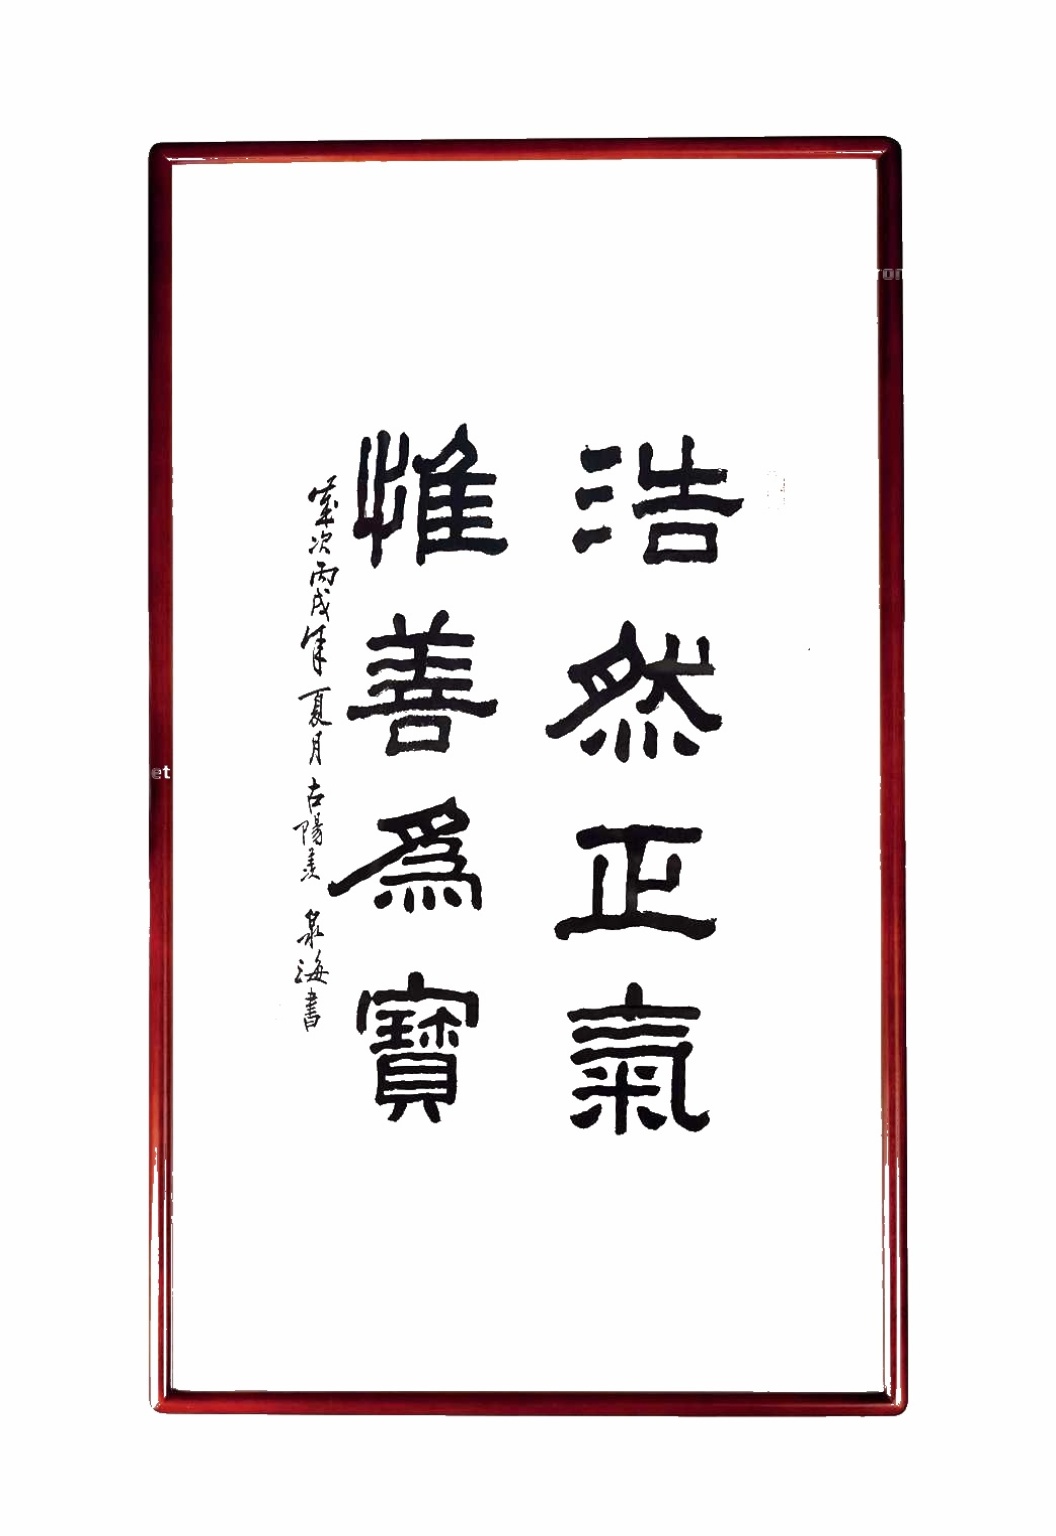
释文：浩然正气惟善为宝岁次丙戌年夏月于古阳羡泉海书